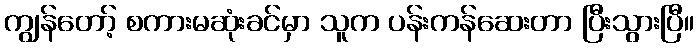
ကျွန်တော့် စကားမဆုံးခင်မှာ သူက ပန်းကန်ဆေးတာ ပြီးသွားပြီ။